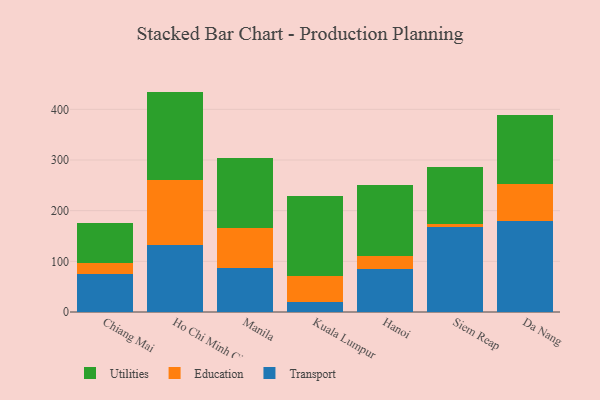
{"axis": {"x": "City", "y": "Latency (ms)"}, "legend": ["Education", "Transport", "Utilities"], "data": [{"x": "Chiang Mai", "y": 75.4, "type": "Transport"}, {"x": "Chiang Mai", "y": 21.0, "type": "Education"}, {"x": "Chiang Mai", "y": 78.9, "type": "Utilities"}, {"x": "Ho Chi Minh City", "y": 131.5, "type": "Transport"}, {"x": "Ho Chi Minh City", "y": 129.5, "type": "Education"}, {"x": "Ho Chi Minh City", "y": 174.0, "type": "Utilities"}, {"x": "Manila", "y": 87.2, "type": "Transport"}, {"x": "Manila", "y": 78.0, "type": "Education"}, {"x": "Manila", "y": 137.8, "type": "Utilities"}, {"x": "Kuala Lumpur", "y": 19.0, "type": "Transport"}, {"x": "Kuala Lumpur", "y": 51.4, "type": "Education"}, {"x": "Kuala Lumpur", "y": 158.5, "type": "Utilities"}, {"x": "Hanoi", "y": 84.0, "type": "Transport"}, {"x": "Hanoi", "y": 25.6, "type": "Education"}, {"x": "Hanoi", "y": 141.4, "type": "Utilities"}, {"x": "Siem Reap", "y": 167.3, "type": "Transport"}, {"x": "Siem Reap", "y": 6.2, "type": "Education"}, {"x": "Siem Reap", "y": 112.2, "type": "Utilities"}, {"x": "Da Nang", "y": 178.8, "type": "Transport"}, {"x": "Da Nang", "y": 74.4, "type": "Education"}, {"x": "Da Nang", "y": 135.3, "type": "Utilities"}]}